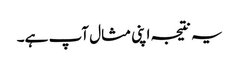
یہ نتیجہ اپنی مثال آپ ہے۔